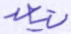
يتعد